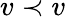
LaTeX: v\prec v